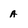
Character: A